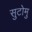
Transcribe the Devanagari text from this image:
सुटोमु